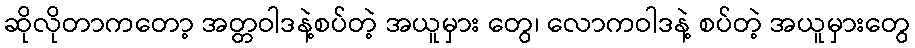
ဆိုလိုတာကတော့ အတ္တဝါဒနဲ့စပ်တဲ့ အယူမှား တွေ၊ လောကဝါဒနဲ့ စပ်တဲ့ အယူမှားတွေ